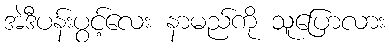
အဲဒီပန်းပွင့်လေး နာမည်ကို သူပြောလား